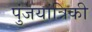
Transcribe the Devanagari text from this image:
पुंजयांत्रिकी